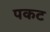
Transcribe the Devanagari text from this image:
पकट